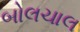
બોલચાલ